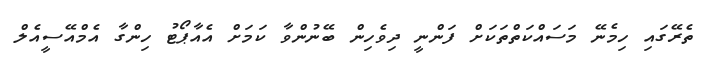
ތެރޭގައި ހިމެނޭ މަސައްކަތްތަކަށް ފަންނީ ދިވެހިން ބޭނުންވާ ކަމަށް އެއާޕޯޓު ހިންގާ އެމްއޭސީއެލް